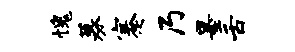
愧募蹇乃墨舌